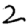
Digit: 2